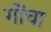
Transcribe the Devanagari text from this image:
गोंचा